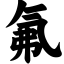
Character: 氟